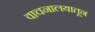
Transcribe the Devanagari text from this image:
वाचनालयातून